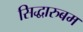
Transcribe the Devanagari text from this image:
सिद्धारुबम